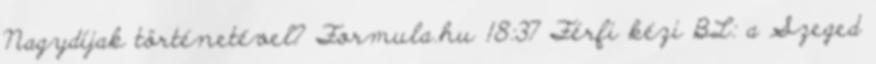
Nagydíjak történetével? Formula.hu 18:37 Férfi kézi BL: a Szeged